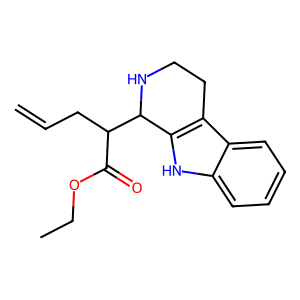
SMILES: C=CCC(C(=O)OCC)C1NCCc2c1[nH]c1ccccc21
Inhibits HIV replication: No